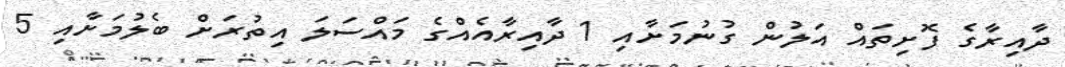
ދާއިރާގެ ފޮށިތައް އަލުން ގުނުމަށާއި 1 ދާއިރާއެއްގެ މައްސަލަ އިތުރަށް ބެލުމަށާއި 5